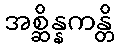
အစ္ဆိန္နကန္တိ